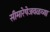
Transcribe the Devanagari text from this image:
सीमारेषेजवळच्या